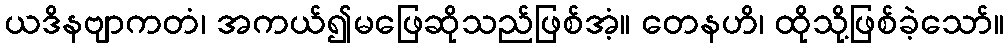
ယဒိနဗျာကတံ၊ အကယ်၍မဖြေဆိုသည်ဖြစ်အံ့။ တေနဟိ၊ ထိုသို့ဖြစ်ခဲ့သော်။